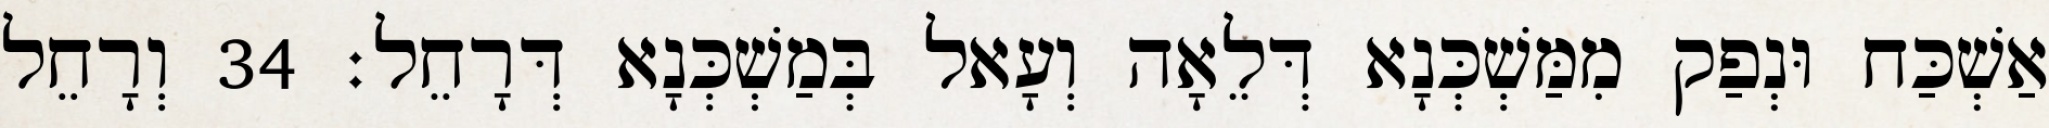
אַשְׁכַּח וּנְפַק מִמַּשְׁכְּנָא דְּלֵאָה וְעָאל בְּמַשְׁכְּנָא דְּרָחֵל׃ 34 וְרָחֵל